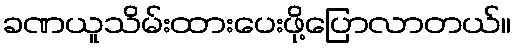
ခဏယူသိမ်းထားပေးဖို့ပြောလာတယ်။